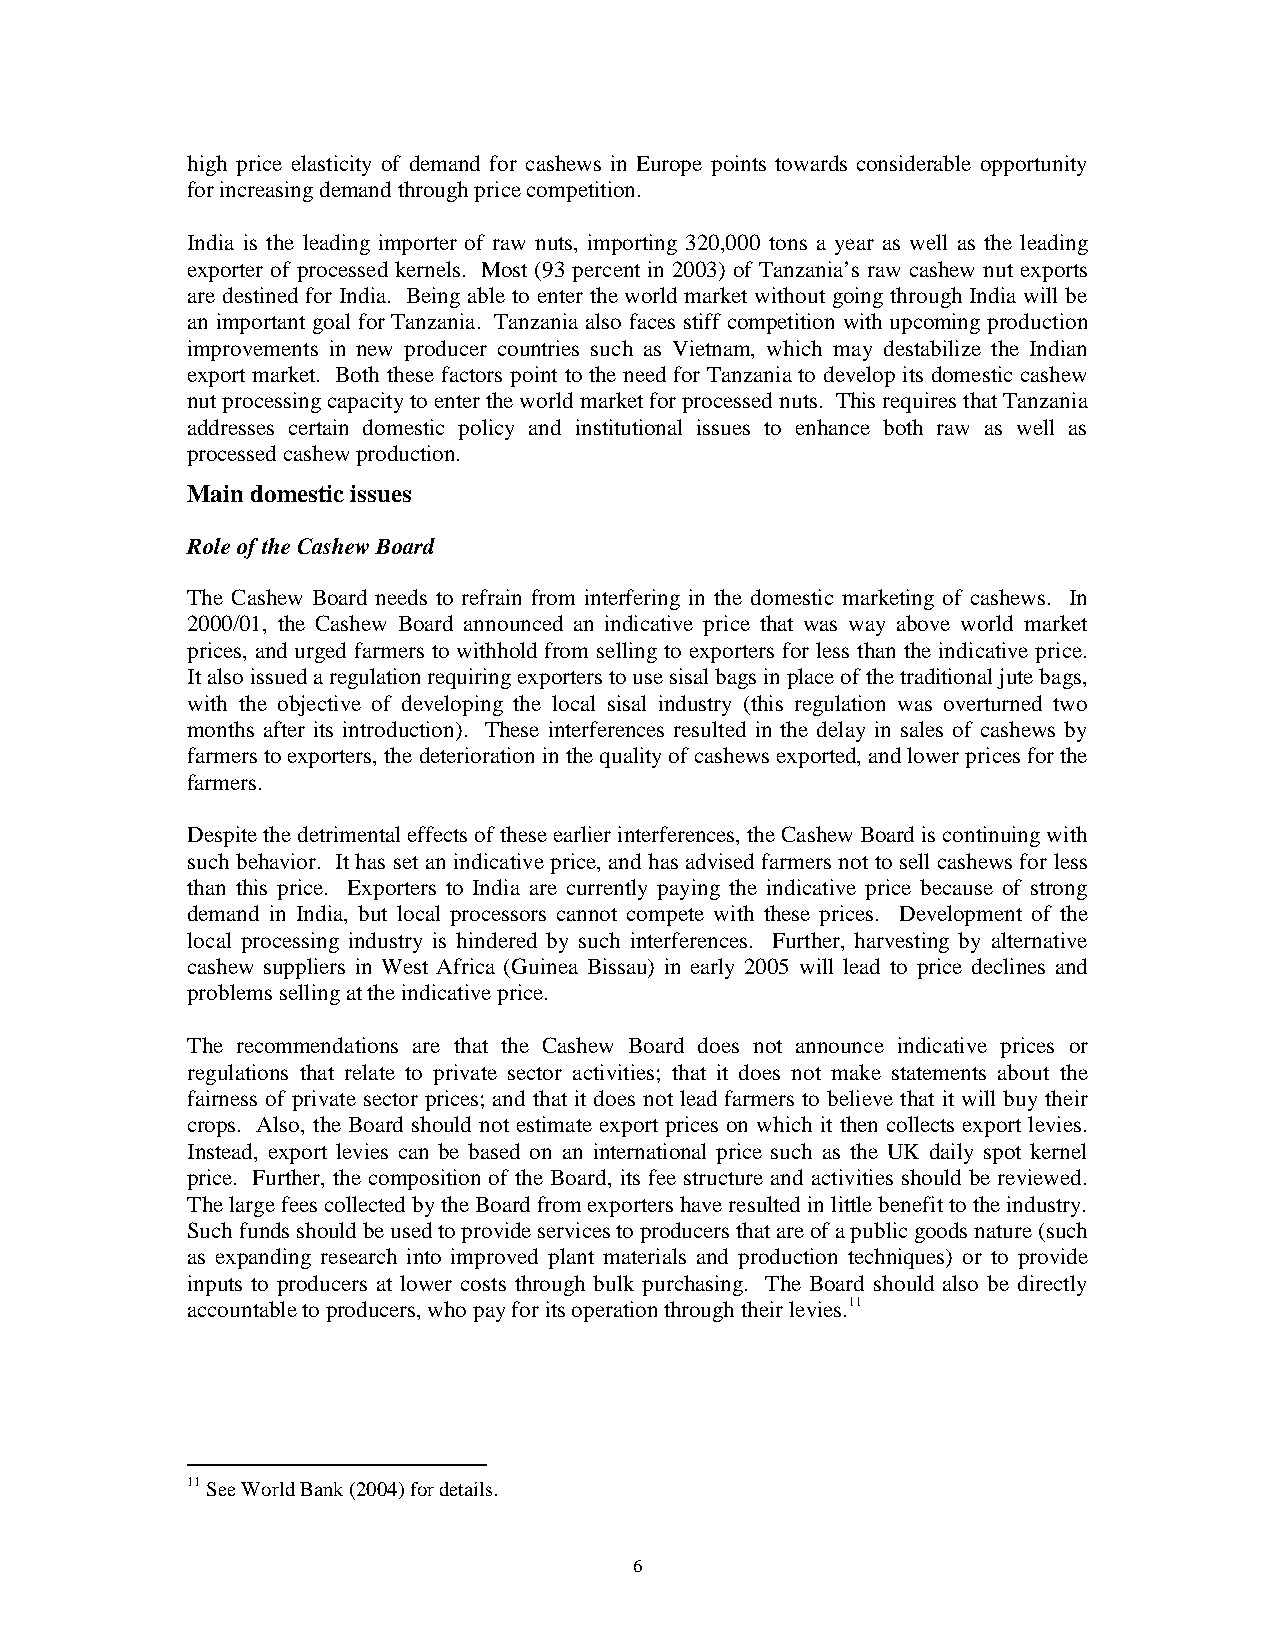
high price elasticity of demand for cashews in Europe points towards considerable opportunity
 for increasing demand through price competition.
 India is the leading importer of raw nuts, importing 320,000 tons a year as well as the leading
 exporter of processed kernels. Most (93 percent in 2003) of Tanzania’s raw cashew nut exports
 are destined for India. Being able to enter the world market without going through India will be
 an important goal for Tanzania. Tanzania also faces stiff competition with upcoming production
 improvements in new producer countries such as Vietnam, which may destabilize the Indian
 export market. Both these factors point to the need for Tanzania to develop its domestic cashew
 nut processing capacity to enter the world market for processed nuts. This requires that Tanzania
 addresses certain domestic policy and institutional issues to enhance both raw as well as
 processed cashew production.
 Main domestic issues
 Role of the Cashew Board
 The Cashew Board needs to refrain from interfering in the domestic marketing of cashews. In
 2000/01, the Cashew Board announced an indicative price that was way above world market
 prices, and urged farmers to withhold from selling to exporters for less than the indicative price.
 It also issued a regulation requiring exporters to use sisal bags in place of the traditional jute bags,
 with the objective of developing the local sisal industry (this regulation was overturned two
 months after its introduction). These interferences resulted in the delay in sales of cashews by
 farmers to exporters, the deterioration in the quality of cashews exported, and lower prices for the
 farmers.
 Despite the detrimental effects of these earlier interferences, the Cashew Board is continuing with
 such behavior. It has set an indicative price, and has advised farmers not to sell cashews for less
 than this price. Exporters to India are currently paying the indicative price because of strong
 demand in India, but local processors cannot compete with these prices. Development of the
 local processing industry is hindered by such interferences. Further, harvesting by alternative
 cashew suppliers in West Africa (Guinea Bissau) in early 2005 will lead to price declines and
 problems selling at the indicative price.
 The recommendations are that the Cashew Board does not announce indicative prices or
 regulations that relate to private sector activities; that it does not make statements about the
 fairness of private sector prices; and that it does not lead farmers to believe that it will buy their
 crops. Also, the Board should not estimate export prices on which it then collects export levies.
 Instead, export levies can be based on an international price such as the UK daily spot kernel
 price. Further, the composition of the Board, its fee structure and activities should be reviewed.
 The large fees collected by the Board from exporters have resulted in little benefit to the industry.
 Such funds should be used to provide services to producers that are of a public goods nature (such
 as expanding research into improved plant materials and production techniques) or to provide
 inputs to producers at lower costs through bulk purchasing. The Board should also be directly
 accountable to producers, who pay for its operation through their levies.11
 11 See World Bank (2004) for details.
 6